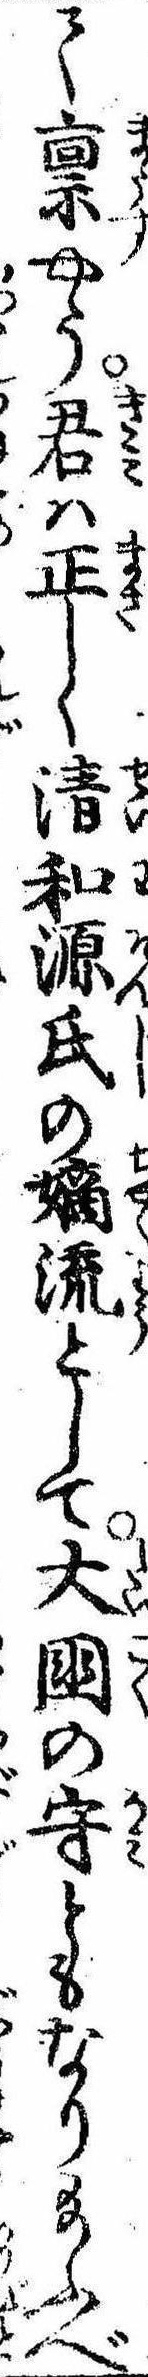
て禀やう君は正しく清和源氏の嫡流として大国の守ともなり給ふべ